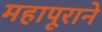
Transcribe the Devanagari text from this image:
महापूराने